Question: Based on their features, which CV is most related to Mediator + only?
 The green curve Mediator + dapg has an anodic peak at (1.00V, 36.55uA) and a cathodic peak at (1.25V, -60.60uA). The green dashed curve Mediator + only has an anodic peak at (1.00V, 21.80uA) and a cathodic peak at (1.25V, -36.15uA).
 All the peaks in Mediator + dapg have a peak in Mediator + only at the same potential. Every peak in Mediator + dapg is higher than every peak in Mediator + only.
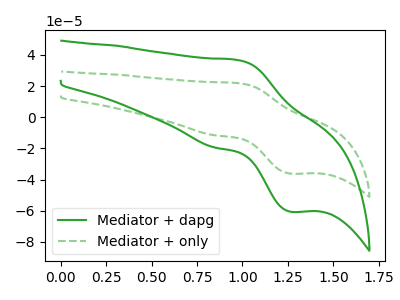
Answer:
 <answer>The CV with the most similar shape to "Mediator + dapg" is "Mediator + only".</answer>
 <eval>"Mediator + only"</eval>